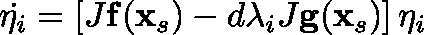
\dot { \mathbf { \eta } _ { i } } = \left[ J \mathbf { f } ( \mathbf { x } _ { s } ) - d \lambda _ { i } J \mathbf { g } ( \mathbf { x } _ { s } ) \right] \mathbf { \eta } _ { i }